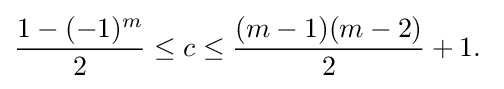
{\frac {1-(-1)^{m}}{2}}\leq c\leq {\frac {(m-1)(m-2)}{2}}+1.\